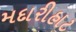
મદારીહાટ